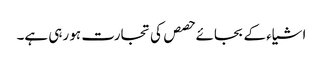
اشیاء کے بجائے حصص کی تجارت ہو رہی ہے۔